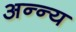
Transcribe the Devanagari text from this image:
अन्न्य